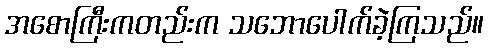
အစောကြီးကတည်းက သဘောပေါက်ခဲ့ကြသည်။